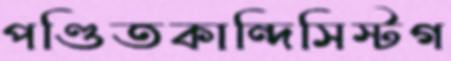
পণ্ডিতকান্দিসিস্টগ